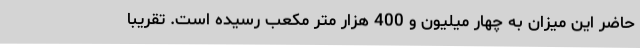
حاضر این میزان به چهار میلیون و 400 هزار متر مکعب رسیده است. تقریبا